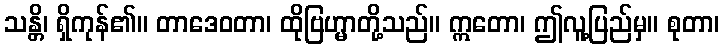
သန္တိ၊ ရှိကုန်၏။ တာဒေဝတာ၊ ထိုဗြဟ္မာတို့သည်။ ဣတော၊ ဤလူ့ပြည်မှ။ စုတာ၊